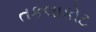
તકલાકોટ